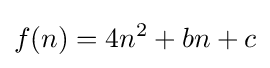
f(n)=4n^{2}+bn+c